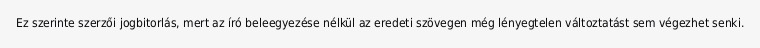
Ez szerinte szerzői jogbitorlás, mert az író beleegyezése nélkül az eredeti szövegen még lényegtelen változtatást sem végezhet senki.